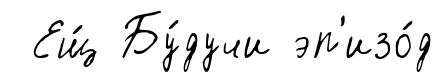
Ещ́ Бу́дучи эп'изо́д